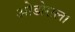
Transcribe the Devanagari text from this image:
ओडोराला